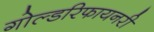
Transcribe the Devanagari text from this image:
गोल्डरिफायनरी